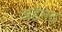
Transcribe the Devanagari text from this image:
अहंमद